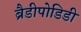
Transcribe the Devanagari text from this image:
ब्रैडीपोडिडी